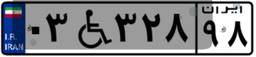
۰۳W۳۲۸۹۸